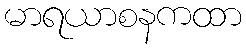
မာရယာစနကထာ